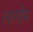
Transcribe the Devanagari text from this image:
लागोम